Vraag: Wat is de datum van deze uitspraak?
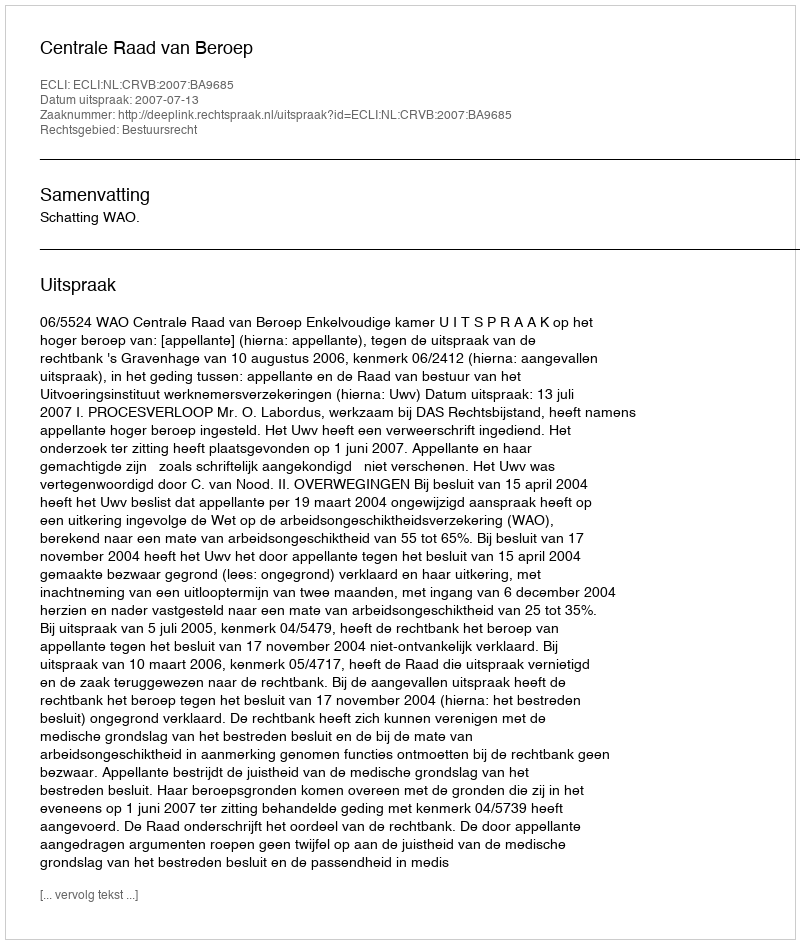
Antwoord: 2007-07-13